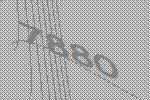
7880